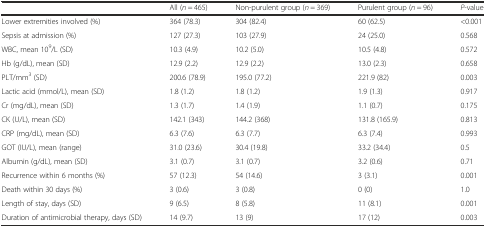
|  | All (n = 465) | Non-purulent group (n = 369) | Purulent group (n = 96) | P-value |
 | --- | --- | --- | --- | --- |
 | Lower extremities involved (%) | 364 (78.3) | 304 (82.4) | 60 (62.5) | <0.001 |
 | Sepsis at admission (%) | 127 (27.3) | 103 (27.9) | 24 (25.0) | 0.568 |
 | WBC, mean 109/L (SD) | 10.3 (4.9) | 10.2 (5.0) | 10.5 (4.8) | 0.572 |
 | Hb (g/dL), mean (SD) | 12.9 (2.2) | 12.9 (2.2) | 13.0 (2.3) | 0.658 |
 | PLT/mm3 (SD) | 200.6 (78.9) | 195.0 (77.2) | 221.9 (82) | 0.003 |
 | Lactic acid (mmol/L), mean (SD) | 1.8 (1.2) | 1.8 (1.2) | 1.9 (1.3) | 0.917 |
 | Cr (mg/dL), mean (SD) | 1.3 (1.7) | 1.4 (1.9) | 1.1 (0.7) | 0.175 |
 | CK (U/L), mean (SD) | 142.1 (343) | 144.2 (368) | 131.8 (165.9) | 0.813 |
 | CRP (mg/dL), mean (SD) | 6.3 (7.6) | 6.3 (7.7) | 6.3 (7.4) | 0.993 |
 | GOT (IU/L), mean (range) | 31.0 (23.6) | 30.4 (19.8) | 33.2 (34.4) | 0.5 |
 | Albumin (g/dL), mean (SD) | 3.1 (0.7) | 3.1 (0.7) | 3.2 (0.6) | 0.71 |
 | Recurrence within 6 months (%) | 57 (12.3) | 54 (14.6) | 3 (3.1) | 0.001 |
 | Death within 30 days (%) | 3 (0.6) | 3 (0.8) | 0 (0) | 1.0 |
 | Length of stay, days (SD) | 9 (6.5) | 8 (5.8) | 11 (8.1) | 0.001 |
 | Duration of antimicrobial therapy, days (SD) | 14 (9.7) | 13 (9) | 17 (12) | 0.003 |